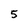
Character: 5